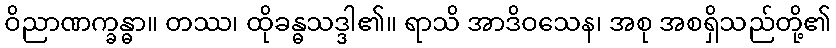
ဝိညာဏက္ခန္ဓာ။ တဿ၊ ထိုခန္ဓသဒ္ဒါ၏။ ရာသိ အာဒိဝသေန၊ အစု အစရှိသည်တို့၏